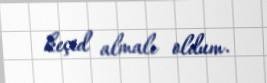
keçid almalı oldum.